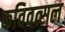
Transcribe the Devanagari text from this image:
कविवत्सल